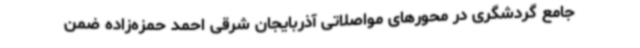
جامع گردشگری در محورهای مواصلاتی آذربایجان شرقی احمد حمزه‌زاده ضمن